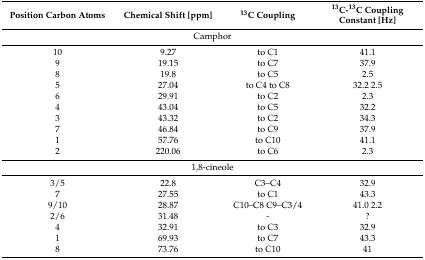
<table><thead><tr><td><b>Position Carbon Atoms</b></td><td><b>Chemical Shift [ppm]</b></td><td><b><sup>13</sup>C Coupling</b></td><td><b><sup>13</sup>C-<sup>13</sup>C Coupling Constant [Hz]</b></td></tr></thead><tbody><tr><td colspan="4">Camphor</td></tr><tr><td>10</td><td>9.27</td><td>to C1</td><td>41.1</td></tr><tr><td>9</td><td>19.15</td><td>to C7</td><td>37.9</td></tr><tr><td>8</td><td>19.8</td><td>to C5</td><td>2.5</td></tr><tr><td>5</td><td>27.04</td><td>to C4 to C8</td><td>32.2 2.5</td></tr><tr><td>6</td><td>29.91</td><td>to C2</td><td>2.3</td></tr><tr><td>4</td><td>43.04</td><td>to C5</td><td>32.2</td></tr><tr><td>3</td><td>43.32</td><td>to C2</td><td>34.3</td></tr><tr><td>7</td><td>46.84</td><td>to C9</td><td>37.9</td></tr><tr><td>1</td><td>57.76</td><td>to C10</td><td>41.1</td></tr><tr><td>2</td><td>220.06</td><td>to C6</td><td>2.3</td></tr><tr><td colspan="4">1,8-cineole</td></tr><tr><td>3/5</td><td>22.8</td><td>C3–C4</td><td>32.9</td></tr><tr><td>7</td><td>27.55</td><td>to C1</td><td>43.3</td></tr><tr><td>9/10</td><td>28.87</td><td>C10–C8 C9–C3/4</td><td>41.0 2.2</td></tr><tr><td>2/6</td><td>31.48</td><td>-</td><td>?</td></tr><tr><td>4</td><td>32.91</td><td>to C3</td><td>32.9</td></tr><tr><td>1</td><td>69.93</td><td>to C7</td><td>43.3</td></tr><tr><td>8</td><td>73.76</td><td>to C10</td><td>41</td></tr></tbody></table>